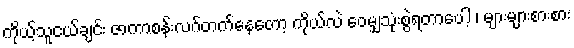
ကိုယ့်သူငယ်ချင်း ဇာကာစန်းလဂ်တက်နေတော့ ကိုယ်လဲ ဝေမျှသုံးစွဲရတာပေါ့ ၊ များများစားစား